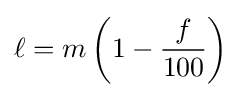
\ell =m\left(1-{\frac {f}{100}}\right)